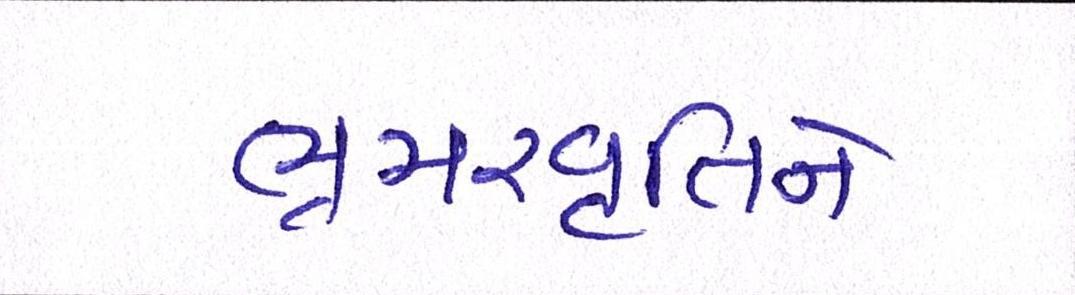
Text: ભ્રમરવૃતિને